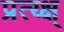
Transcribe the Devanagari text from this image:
प्रत्य्क्ष्